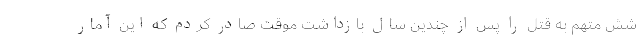
شش متهم به قتل را پس از چندین سال بازداشت موقت صادر کردم که این آمار